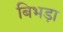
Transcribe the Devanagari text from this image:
बिभड़ा